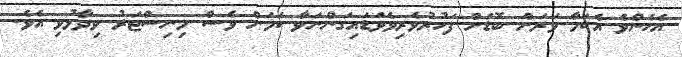
އެހެންވެ އެކަމާ ވަރަށް ބޮޑަށް ފަހުރުވެރިވެވަޑައިގަންނަވާ ކަމަށް ވެސް މިނިސްޓަރު ވިދާޅުވި އެވެ.